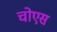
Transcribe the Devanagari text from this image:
चोएस